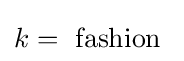
k={\text{ fashion }}